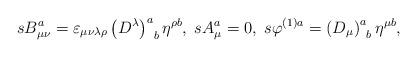
LaTeX: \begin{align*}sB_{\mu \nu }^a=\varepsilon _{\mu \nu \lambda \rho }\left(D^\lambda \right) _{\;\;b}^a\eta ^{\rho b},\;sA_\mu ^a=0,\;s\varphi^{(1)a}=\left( D_\mu \right) _{\;\;b}^a\eta ^{\mu b},\end{align*}